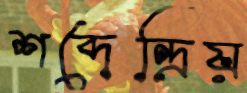
শব্দেন্দ্রিয়